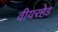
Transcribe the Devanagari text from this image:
वीयरहेड